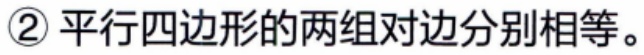
\textcircled{2} 平行四边形的两组对边分别相等。